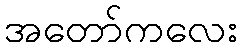
အတော်ကလေး